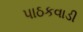
પાઠકવાડી